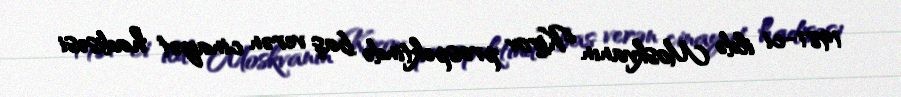
1981-ci ildə Moskvanın Kirov prospektində baş verən cinayət hadisəsi